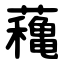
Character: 蘒